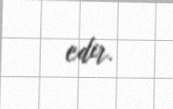
edir.